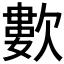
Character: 𣤋